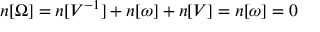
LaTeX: n [ \Omega ] = n [ V ^ { - 1 } ] + n [ \omega ] + n [ V ] = n [ \omega ] = 0